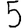
Digit: 5